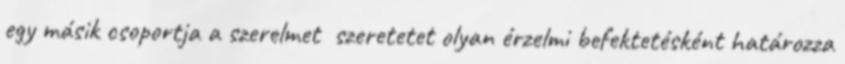
egy másik csoportja a szerelmet szeretetet olyan érzelmi befektetésként határozza